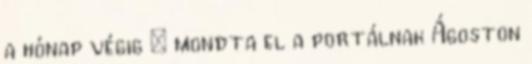
a hónap végig – mondta el a portálnak Ágoston